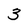
Character: 3